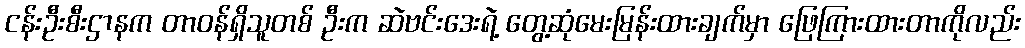
ငန်းဦးစီးဌာနက တာဝန်ရှိသူတစ် ဦးက ဆဲဗင်းဒေးရဲ့ တွေ့ဆုံမေးမြန်းထားချက်မှာ ဖြေကြားထားတာကိုလည်း